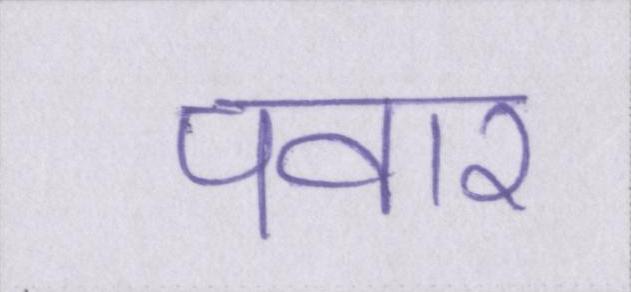
पवार